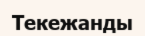
Текежанды